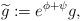
LaTeX: \begin{align*}\widetilde{g}:=e^{\phi+\psi}g,\end{align*}